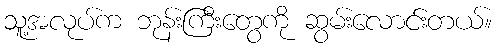
သူ့အလုပ်က ဘုန်းကြီးတွေကို ဆွမ်းလောင်းတယ်။